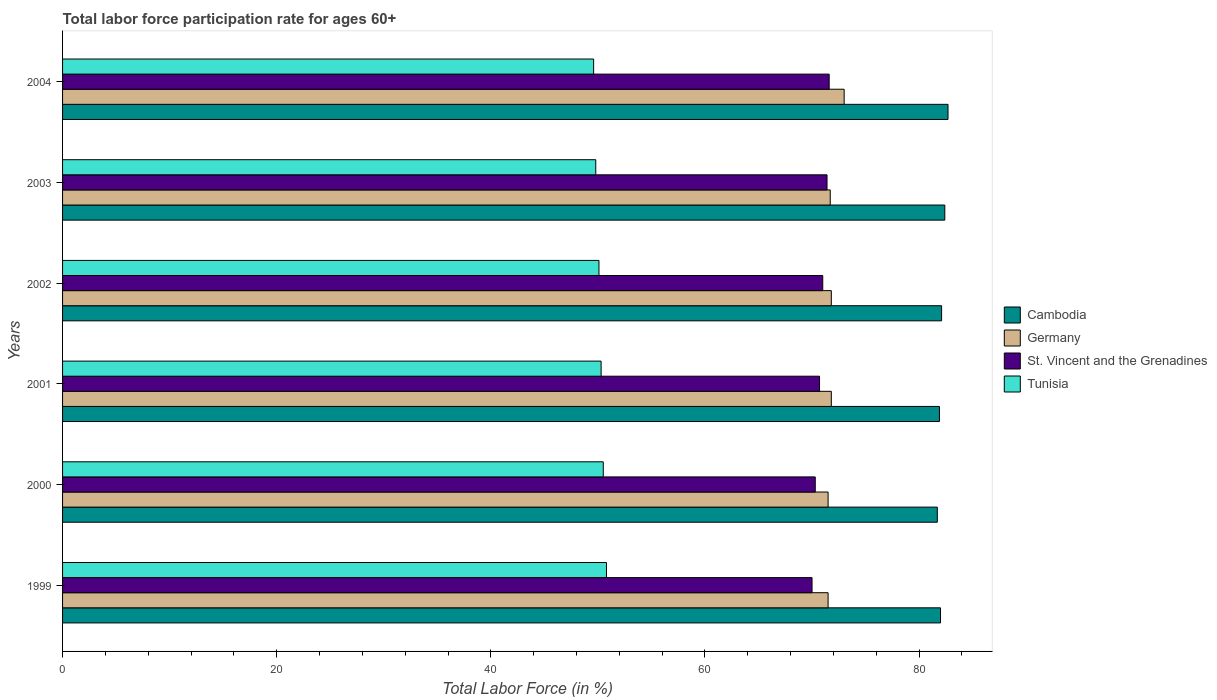
| Years | Cambodia | Germany | St. Vincent and the Grenadines | Tunisia |
 | --- | --- | --- | --- | --- |
 | 1999 | 82 | 71.5 | 70 | 50.8 |
 | 2000 | 81.7 | 71.5 | 70.3 | 50.5 |
 | 2001 | 81.9 | 71.8 | 70.7 | 50.3 |
 | 2002 | 82.1 | 71.8 | 71 | 50.1 |
 | 2003 | 82.4 | 71.7 | 71.4 | 49.8 |
 | 2004 | 82.7 | 73 | 71.6 | 49.6 |